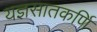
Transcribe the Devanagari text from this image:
यज्ञसातकर्णि